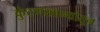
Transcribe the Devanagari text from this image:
कुंटणखान्यांतून